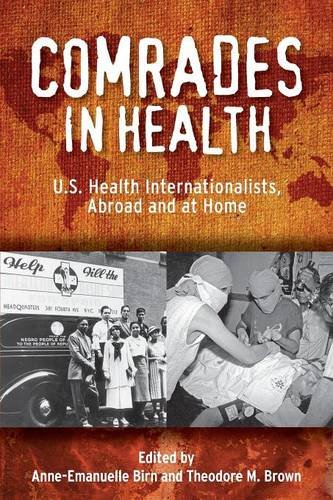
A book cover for Comrades in Health: U.S. Health Internationalists, Abroad and at Home (Critical Issues in Health and Medicine); Medical Books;